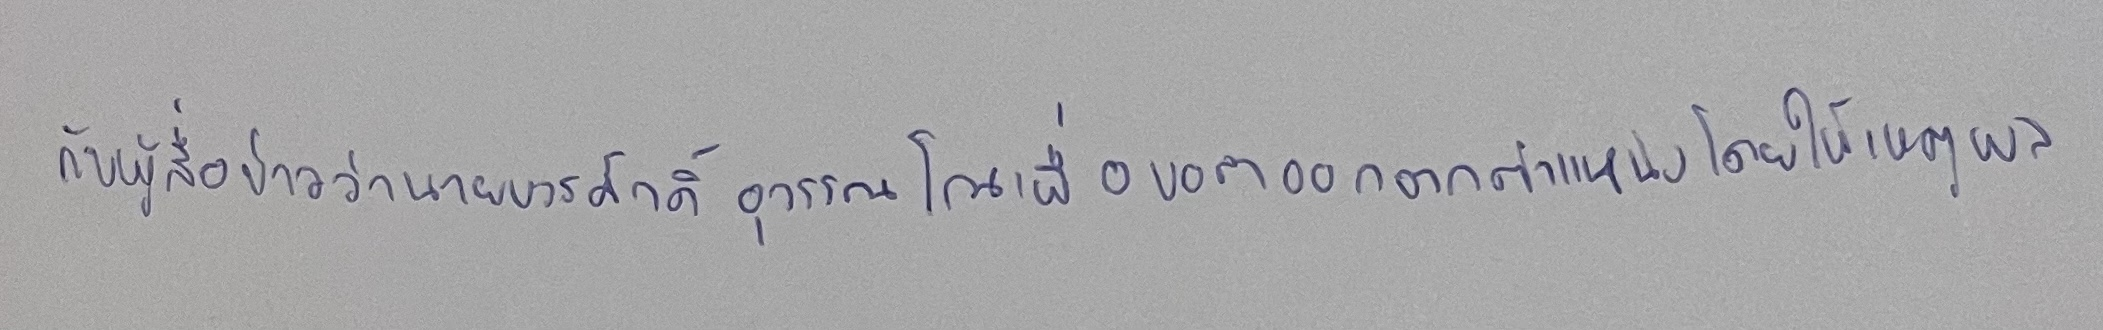
กับผู้สื่อข่าวว่านายบวรศักดิ์ อุวรรณโณเพื่อขอลาออกจากตำแหน่งโดยให้เหตุผล